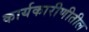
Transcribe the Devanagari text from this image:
कार्यकारीणीतील